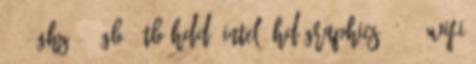
2,0GHz , 6GB, 1TB HDD, Intel® HD Graphics 5500, Wifi